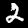
Digit: 2